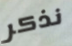
نذكر